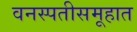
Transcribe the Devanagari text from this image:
वनस्पतीसमूहात